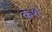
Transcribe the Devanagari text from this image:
केशे